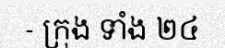
- ក្រុង ទាំង ២៤